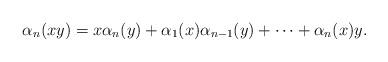
LaTeX: \begin{align*}\alpha_n(xy)=x\alpha_n(y) + \alpha_1(x)\alpha_{n-1}(y)+\dots + \alpha_n(x)y. \end{align*}